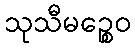
သုသီမဉ္စေဝ